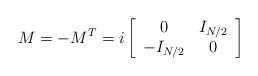
LaTeX: \begin{align*}M=-M^T=i\left[ \begin{array}{cc}0&I_{N/2}\\ -I_{N/2}&0 \end{array}\right]\end{align*}